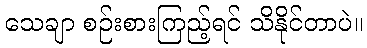
သေချာ စဉ်းစားကြည့်ရင် သိနိုင်တာပဲ။